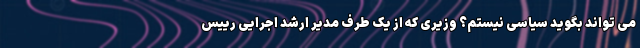
می تواند بگوید سیاسی نیستم؟ وزیری که از یک طرف مدیر ارشد اجرایی رییس